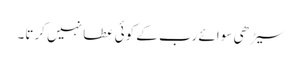
سیڑھی سوائے رب کے کوئی عطا نہیں کرتا۔